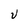
Character: U